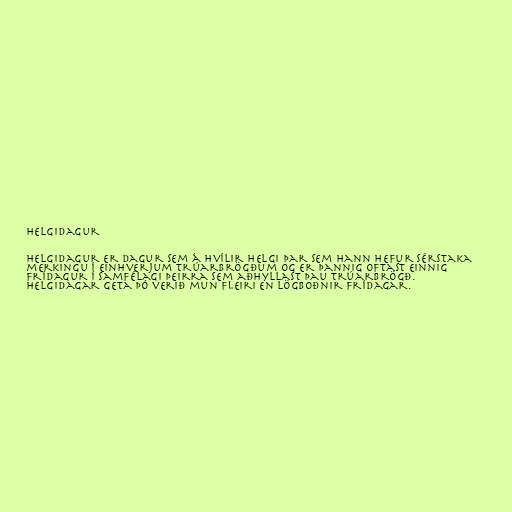
Helgidagur

Helgidagur er dagur sem á hvílir helgi þar sem hann hefur sérstaka
merkingu í einhverjum trúarbrögðum og er þannig oftast einnig
frídagur í samfélagi þeirra sem aðhyllast þau trúarbrögð.
Helgidagar geta þó verið mun fleiri en lögboðnir frídagar.